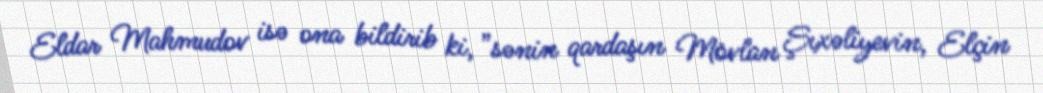
Eldar Mahmudov isə ona bildirib ki, ”sənin qardaşın Mövlan Şıxəliyevin, Elçin